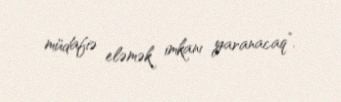
müdafiə eləmək imkanı yaranacaq”.